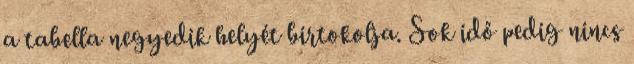
a tabella negyedik helyét birtokolja. Sok idő pedig nincs